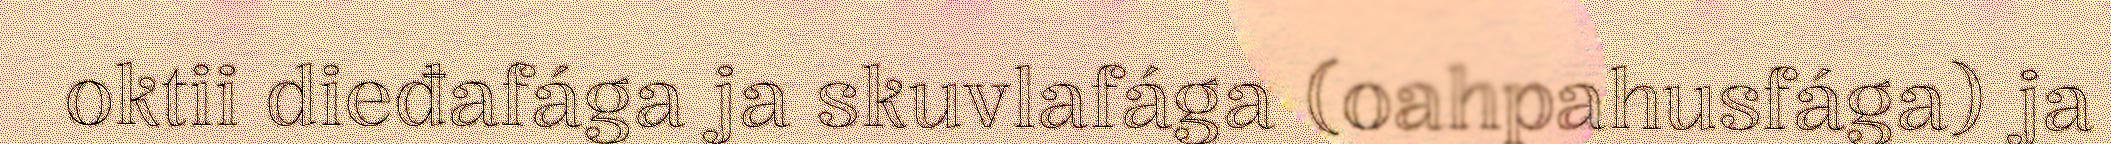
oktii dieđafága ja skuvlafága (oahpahusfága) ja